Bréfritari: Guðrún Þorsteinsdóttir
Viðtakandi: Páll Pálsson
Dagsetning: A-1875-11-11
Skrifað á: Breiðabólsstað  Rang.
Páll er móðurbróðir Guðrúnar

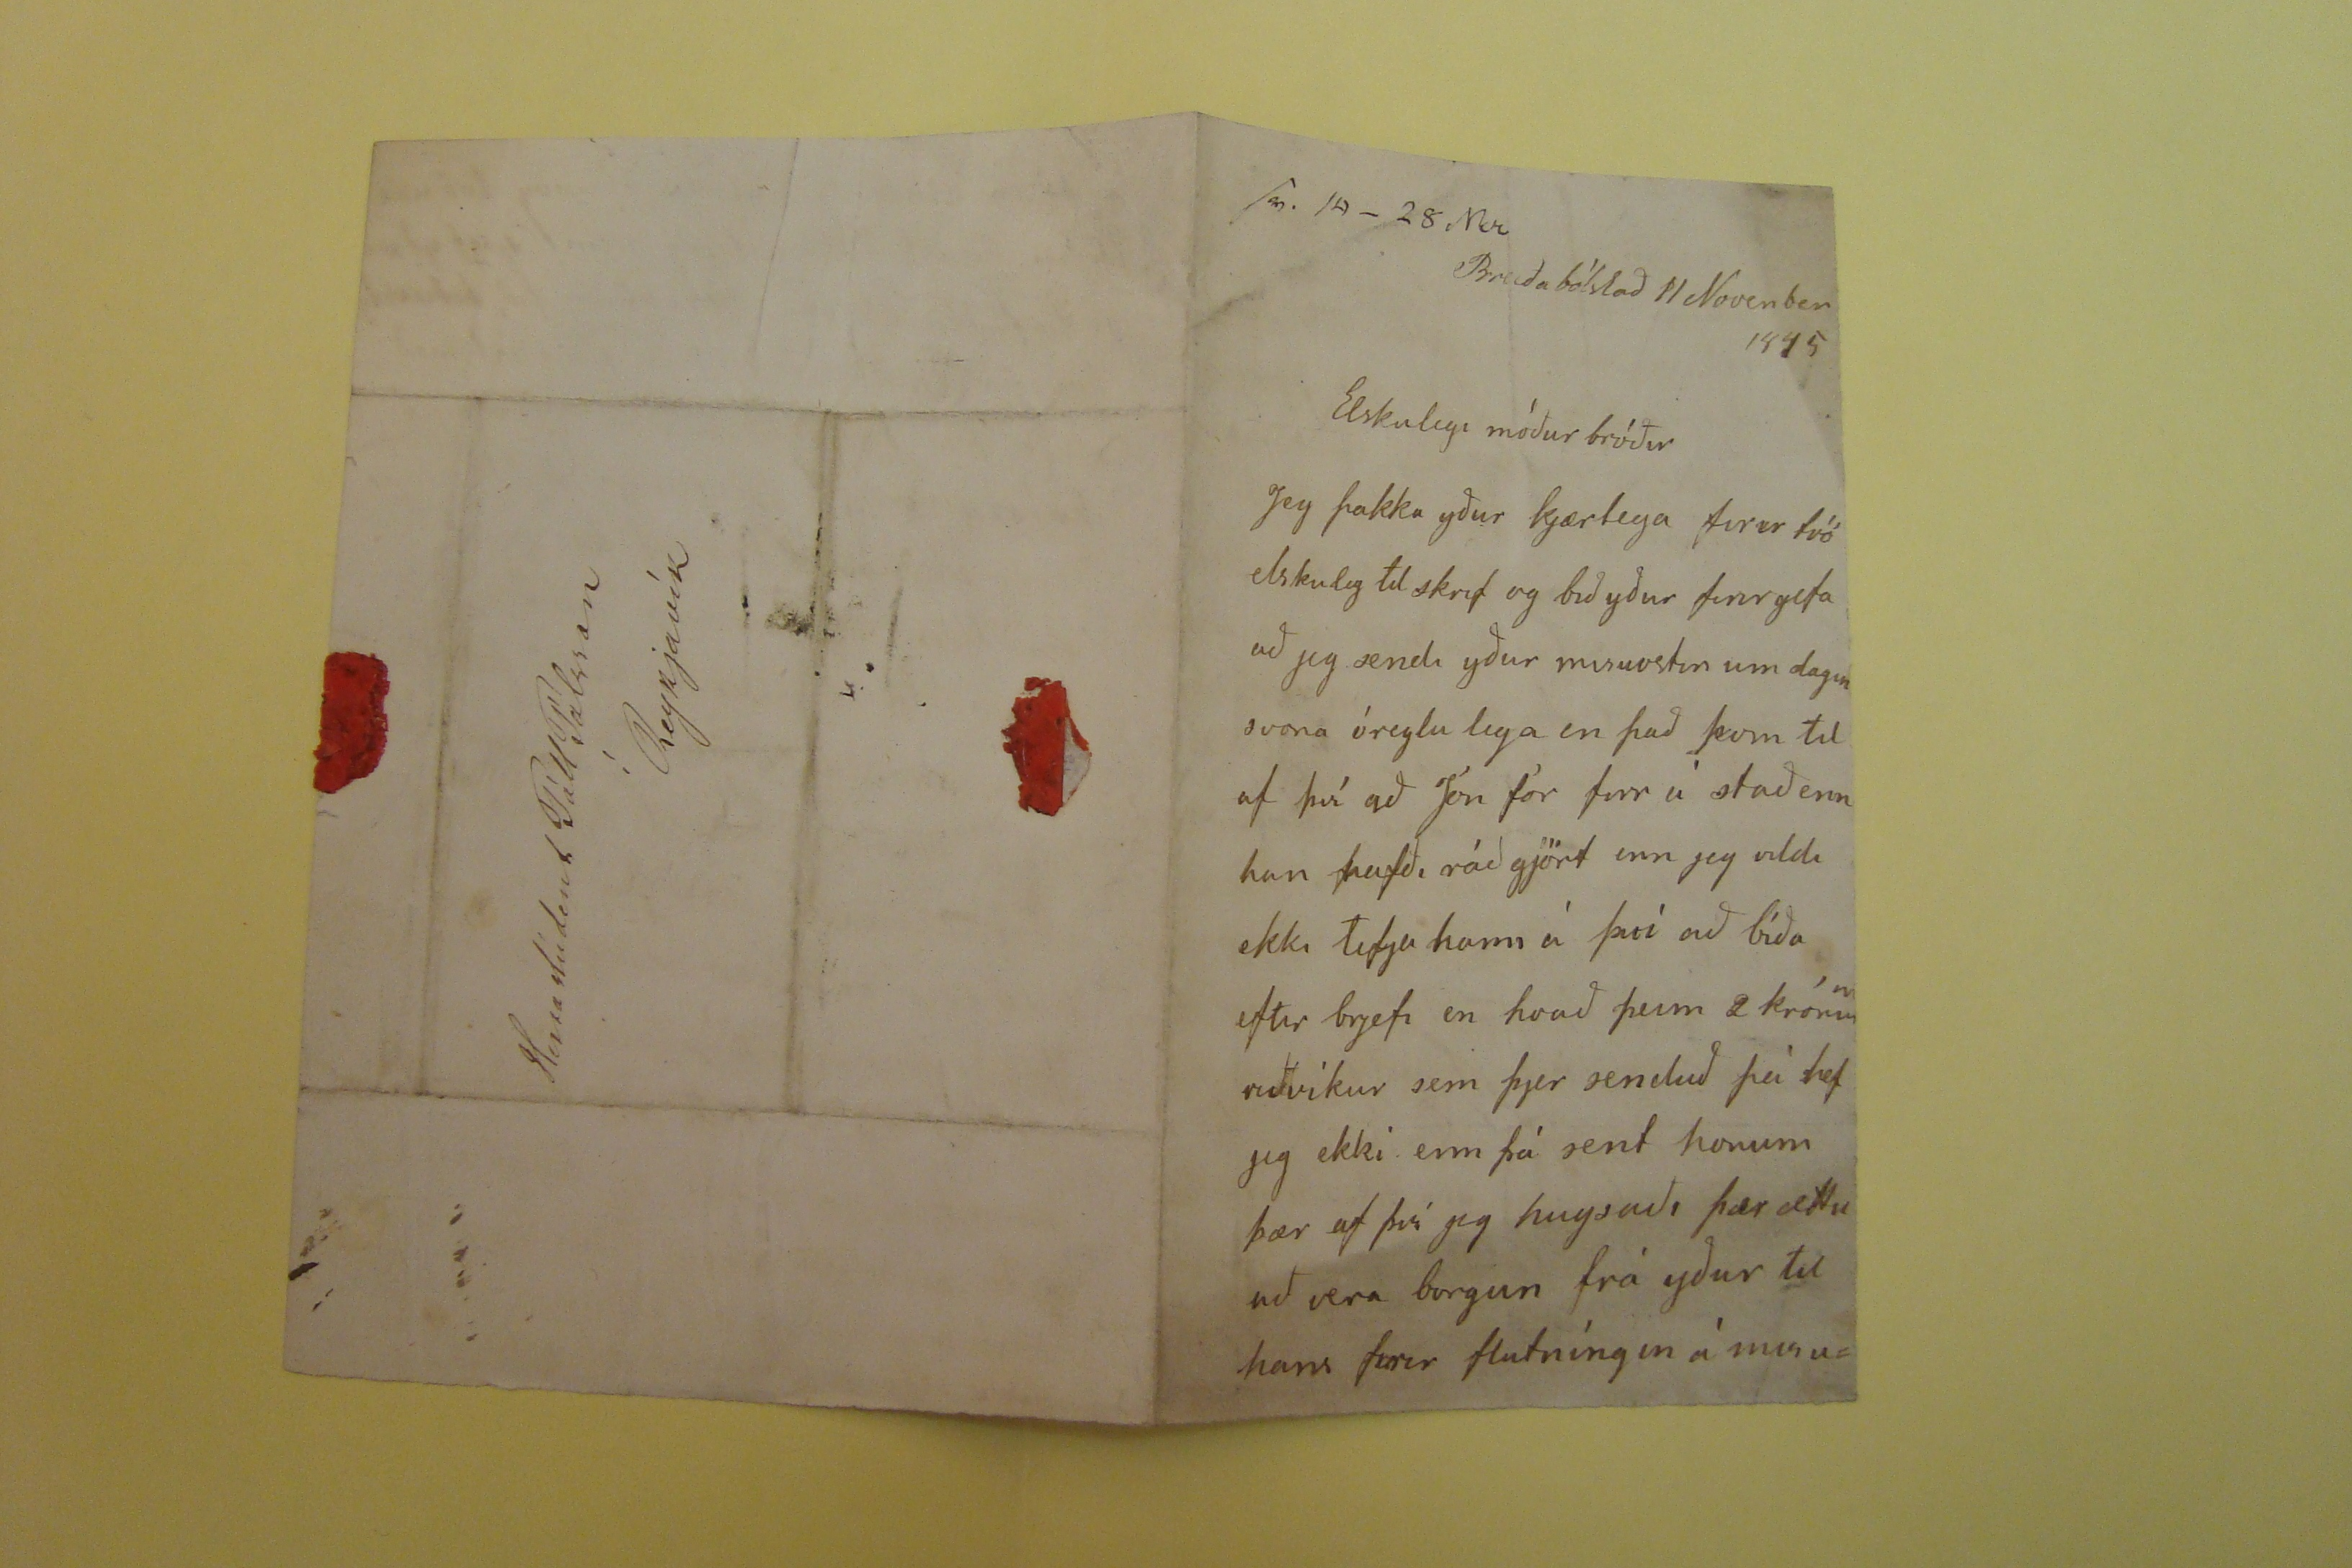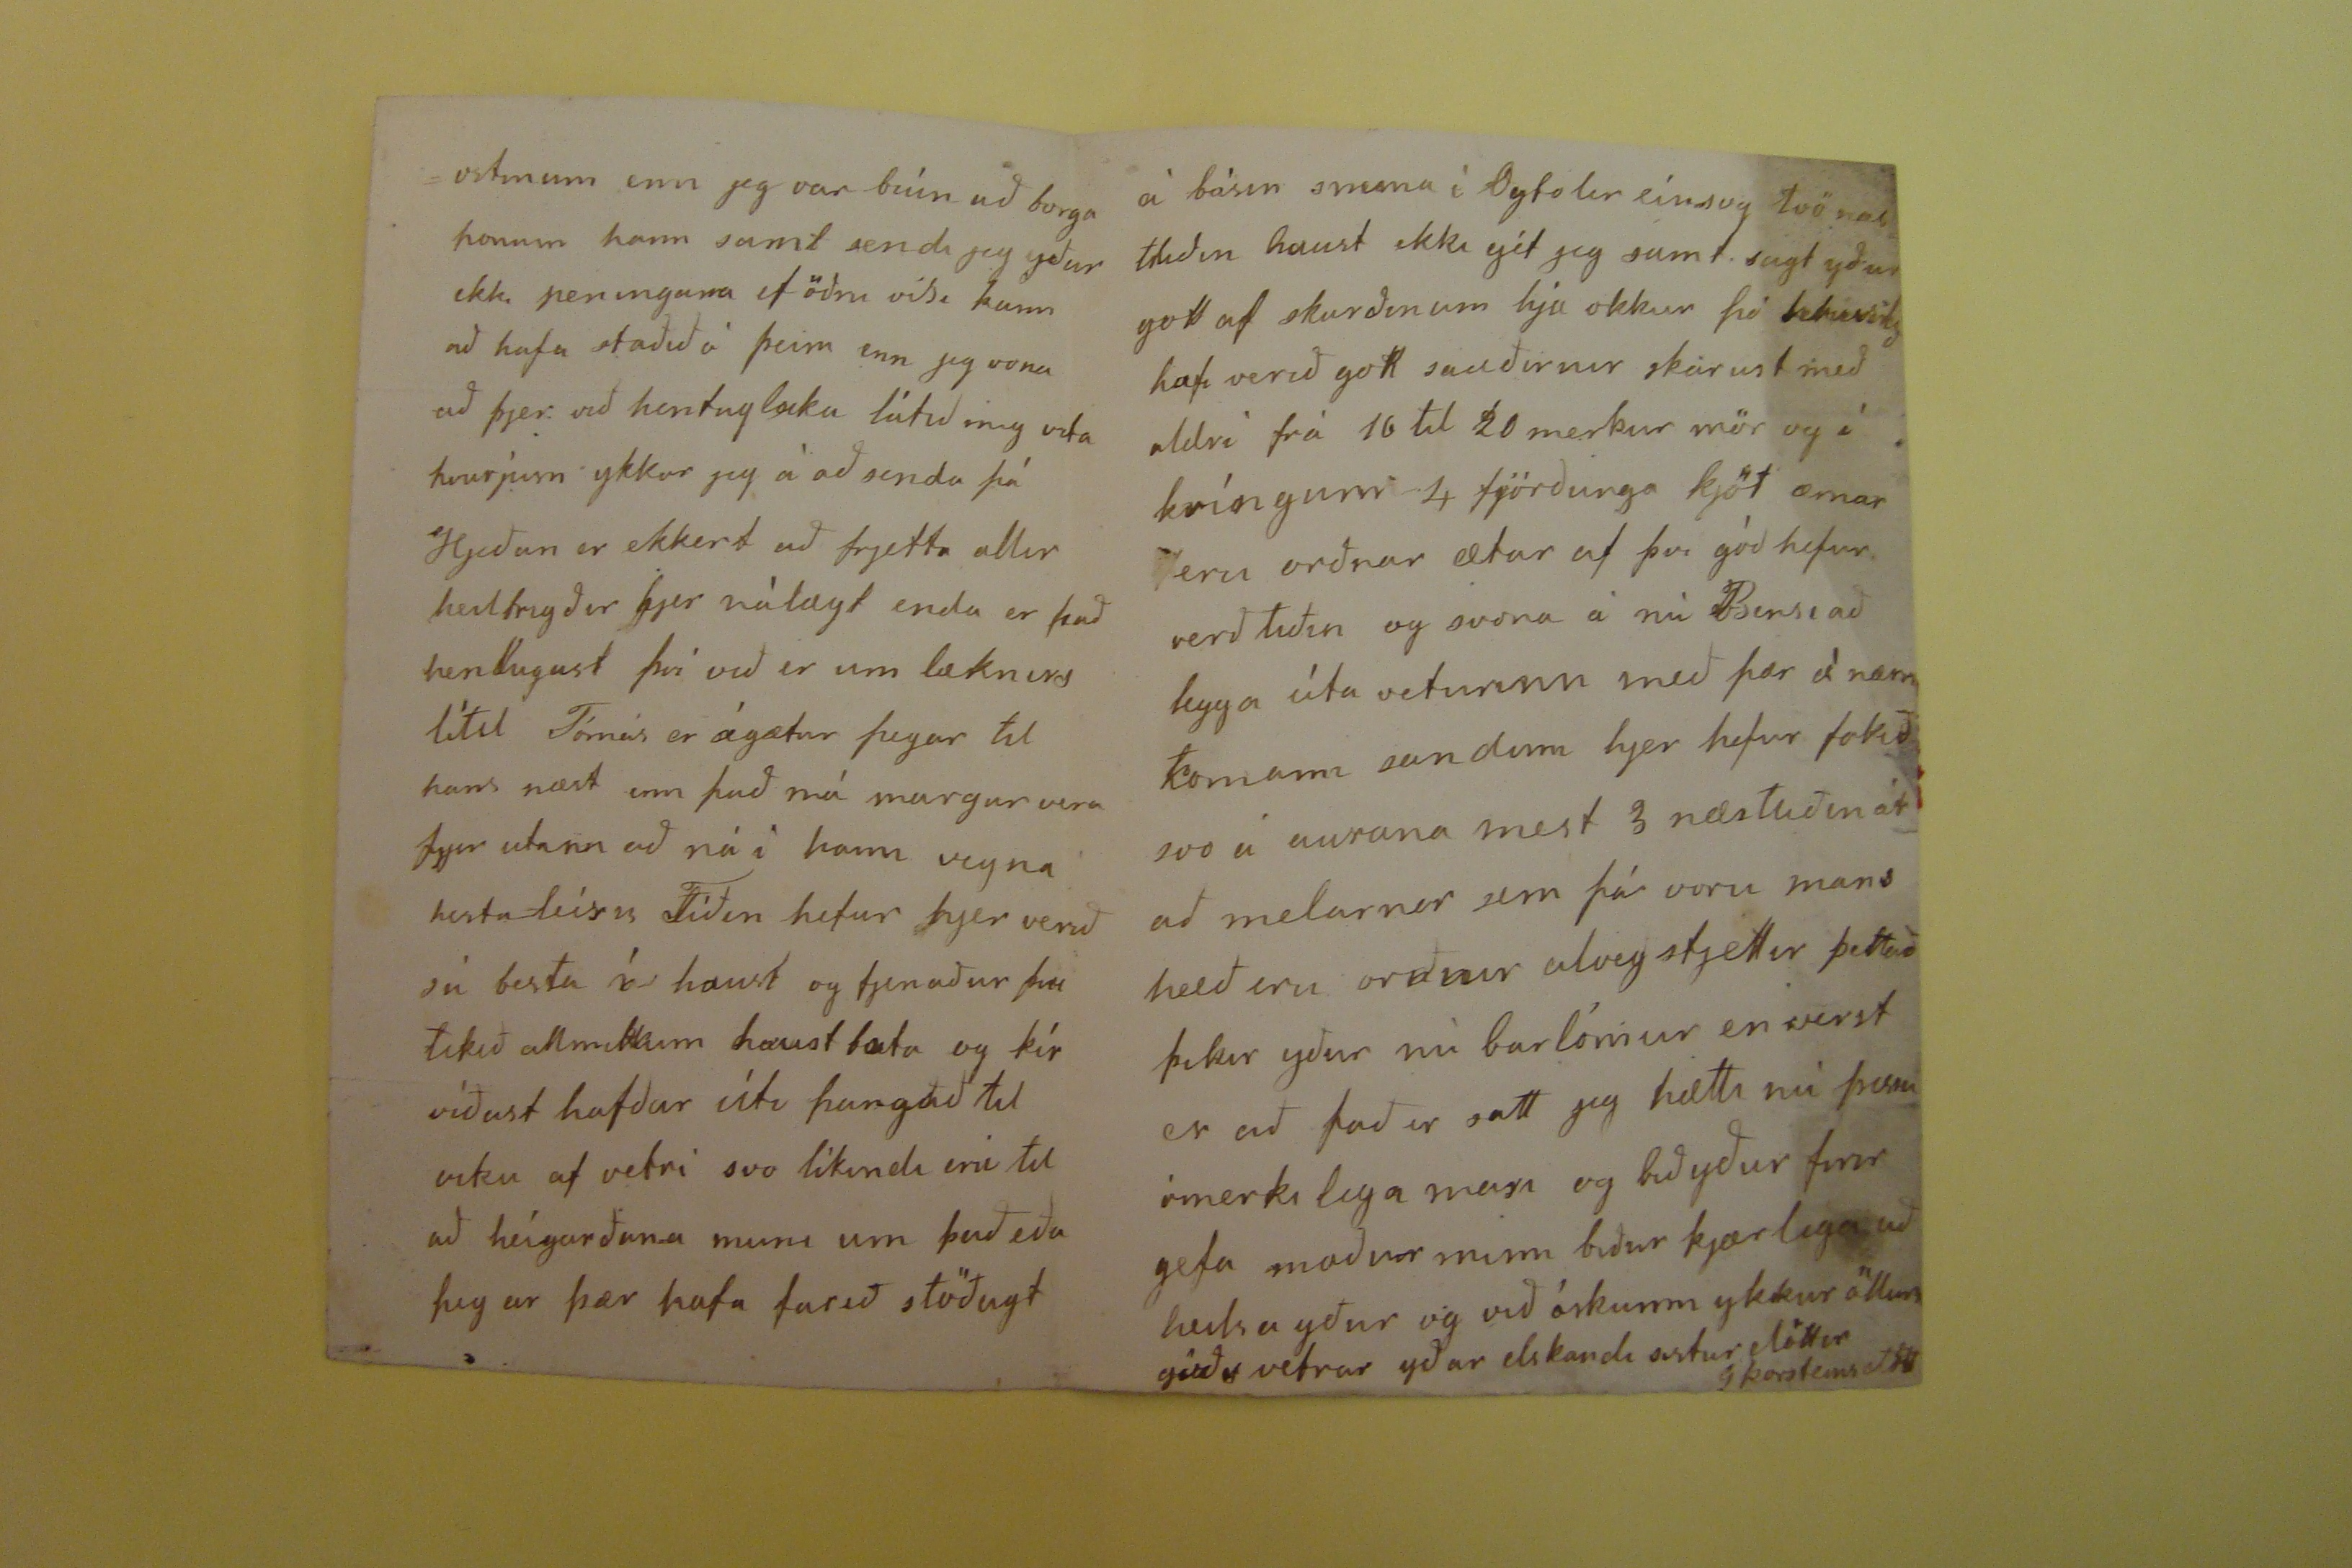

Breiðabólstað 11 Novenber 1875
Elskulegi móður bróðir
Jeg þakka yður kjærlega firir tvö elskuleg tilskrif og bið yður firirgefa að jeg sendi yður misuostin um dagin svona óreglulega en það kom til af því að Jón fór firr á stað enn han hafði ráð gjört enn jeg vildi ekki tefja hann á því að bíða eftir brjefi en hvað þeim 2 krónum viðvíkur sem þjer senduð þá hef jeg ekki enn þá sent honum þær af því jeg hugsaði þær ættu að vera borgun frá yður til hans firir flutníngin á misu-
-ostinum enn jeg var búin að borga honum hann samt sendi jeg yður ekki peningana ef öðru vísi kann að hafa stðið á þeim enn jeg vona að þjer við hentugleika látið mig vita hvurjum ykkar jeg á að senda þá Hjeðan er ekkert að frjetta allir hesttrigðir hjer nálægt enda er það henturgast því við er um læknirs lítil Tómas er ágætur þegar til hans næst enn það má margur vera fyrir utann að ná í hann vegna hesta leisis Tíðin hefur hjer verið sú besta í haust og fjenaður þvi tikið allmiklum haustbata og kír víðast hafðar úti þangað til viku af vetri svo líkindi eru til að heígarðana muni um það eða þegar þær hafa farið stöðugt
á básin snema í
Oytolir
einsog tvö næstliðin haust ekki gét jeg samt sag tyður gott af skurðinum hjá okkur þó
??
hafi verið gott sauðirnir skarust með aldri frá 16 til 20 merkur mör og í kríngum 4 fjörðunga kjöt ærnar eru orðnar ætar af því góð hefur verið tiðin og svona á nú Bensi að legga úta veturinn með þær á
nærnkomann
sandinn hjer hefur fokið svo á aurana mest 3 næstliðin ár að melarnir sem þá voru mans hæð eru orðnir alveg sljettir þettað þikir yður nú narlómur en verst er að það er satt jeg hætti nú þesu ómerkilega masi og bið yður firir gefa maður minn biður kjærlega að heilsa yður og við óskunm ykkur öllum góðs vetrar yðar elskandi sistur dóttir
G Þorsteinsdótt
Herra stúdent Páll Pálsson
í Reykjavík